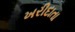
ખરીદાતા